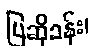
ပြဆိုခန်း၊